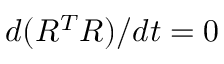
d ( R ^ { T } R ) / d t = 0